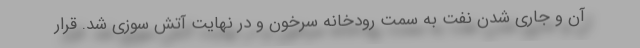
آن و جاری شدن نفت به سمت رودخانه سرخون و در نهایت آتش سوزی شد. قرار